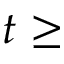
t \ge